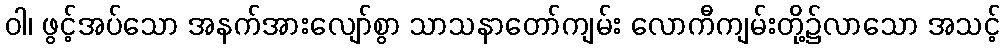
ဝါ၊ ဖွင့်အပ်သော အနက်အားလျော်စွာ သာသနာတော်ကျမ်း လောကီကျမ်းတို့၌လာသော အသင့်